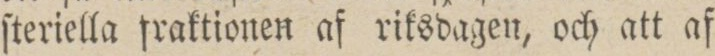
ſteriella fraktionen af riksdagen, och att af